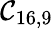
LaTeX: \mathcal{C}_{16,9}